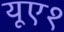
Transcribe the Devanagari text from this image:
यूए१